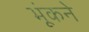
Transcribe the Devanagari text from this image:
भूंकने